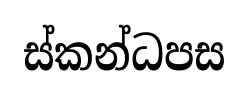
ස්කන්ධපස